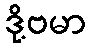
ဒို့ဗမာ